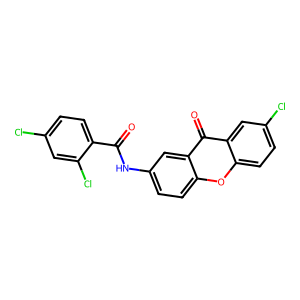
SMILES: O=C(Nc1ccc2oc3ccc(Cl)cc3c(=O)c2c1)c1ccc(Cl)cc1Cl
Inhibits HIV replication: No